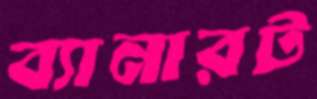
ব্যানারট